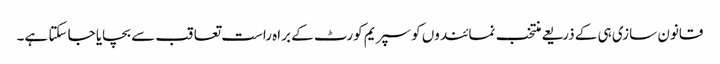
قانون سازی ہی کے ذریعے منتخب نمائندوں کو سپریم کورٹ کے براہ راست تعاقب سے بچایا جا سکتا ہے۔